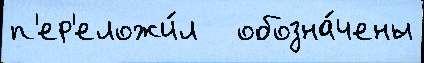
п'ер'еложи́л   обозна́чены